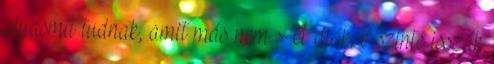
olyasmit tudnak, amit más nem. A diákok szinte isszák